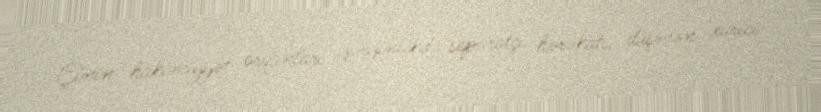
Çinin hakimiyyət orqanları gərginlikdə separatçı hərəkatı, düşmən xarici